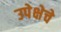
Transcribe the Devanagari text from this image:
उपेक्षेचे